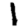
Digit: 1